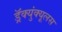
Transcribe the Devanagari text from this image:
ड्रॅक्युंक्यूलस